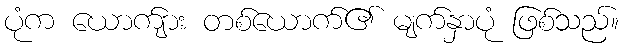
ပုံက ယောက်ျား တစ်ယောက်၏ မျက်နှာပုံ ဖြစ်သည်။